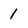
Character: 1